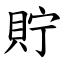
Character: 貯